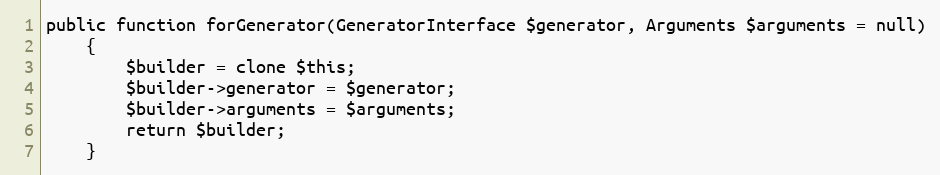
Language: PHP
public function forGenerator(GeneratorInterface $generator, Arguments $arguments = null)
    {
        $builder = clone $this;
        $builder->generator = $generator;
        $builder->arguments = $arguments;
        return $builder;
    }